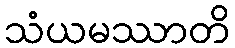
သံယမဿာတိ